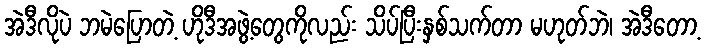
အဲဒီလိုပဲ ဘမဲပြောတဲ့ ဟိုဒီအဖွဲ့တွေကိုလည်း သိပ်ပြီးနှစ်သက်တာ မဟုတ်ဘဲ၊ အဲဒီတော့